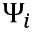
\Psi _ { i }